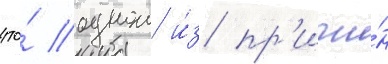
что́ однои и́з пр'ичи́н